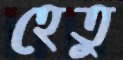
হেতু